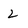
Character: 2